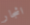
اشجار